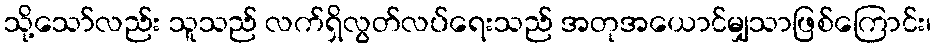
သို့သော်လည်း သူသည် လက်ရှိလွတ်လပ်ရေးသည် အတုအယောင်မျှသာဖြစ်ကြောင်း၊